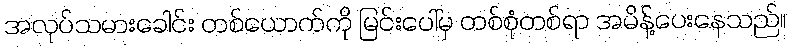
အလုပ်သမားခေါင်း တစ်ယောက်ကို မြင်းပေါ်မှ တစ်စုံတစ်ရာ အမိန့်ပေးနေသည်။